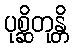
ပုစ္ဆိတုန္တိ